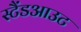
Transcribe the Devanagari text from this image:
स्टैंडआउट